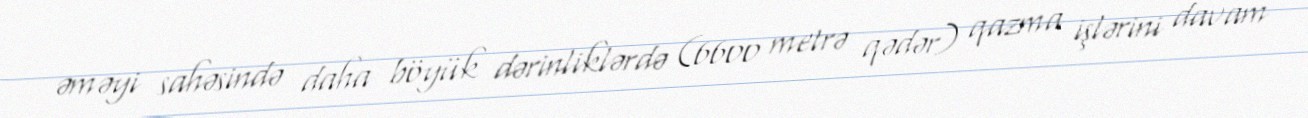
əməyi sahəsində daha böyük dərinliklərdə (6600 metrə qədər) qazma işlərini davam